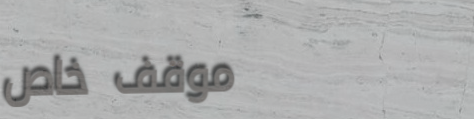
موقف خاص